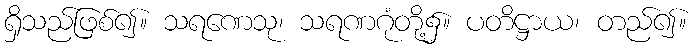
ရှိသည်ဖြစ်၍။ သရဏေသု၊ သရဏဂုံတို့၌။ ပတိဋ္ဌာယ၊ တည်၍။